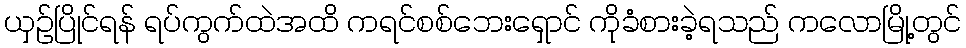
ယှဉ်ပြိုင်ရန် ရပ်ကွက်ထဲအထိ ကရင်စစ်ဘေးရှောင် ကိုခံစားခဲ့ရသည် ကလောမြို့တွင်